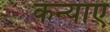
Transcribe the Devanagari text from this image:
कन्‍याएं